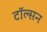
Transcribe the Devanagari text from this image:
टॉल्सन